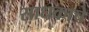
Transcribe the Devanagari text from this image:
साधकाचे